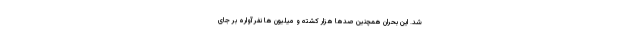
شد. این بحران همچنین صدها هزار کشته و میلیون ها نفر آواره بر جای